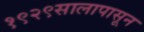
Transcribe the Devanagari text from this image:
१९२९सालापासून